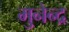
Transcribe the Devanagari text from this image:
मुनेन्द्र